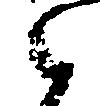
之